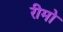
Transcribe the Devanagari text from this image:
रीमो